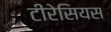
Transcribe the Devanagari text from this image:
टीरेसियस